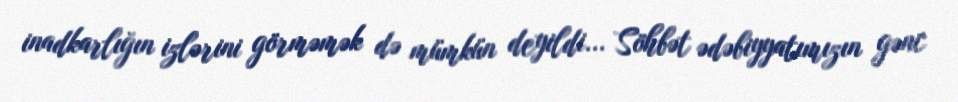
inadkarlığın izlərini görməmək də mümkün deyildi... Söhbət ədəbiyyatımızın gənc